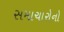
સમાચારોનો